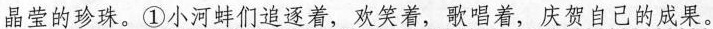
晶莹的珍珠。①小河蚌们追逐着，欢笑着，歌唱着，庆贺自己的成果。